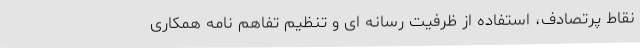
نقاط پرتصادف، استفاده از ظرفیت رسانه ای و تنظیم تفاهم نامه همکاری